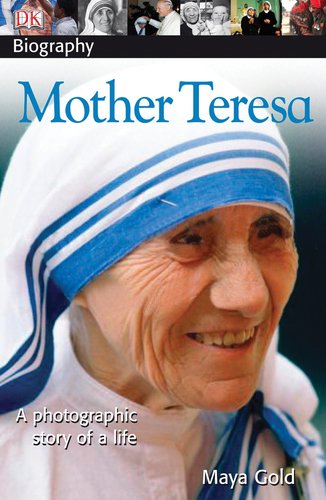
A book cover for DK Biography: Mother Teresa; Maya Gold; Children's Books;